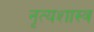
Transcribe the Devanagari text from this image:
नृत्‍यशास्‍त्र